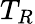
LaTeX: T_{R}